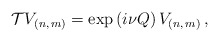
\begin{align*}{\cal T}V_{(n,\, m)}=\exp \left( i\nu Q\right) V_{(n,\, m)}\, ,\end{align*}